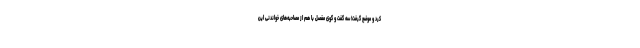
کرد و موضع گرفت! سه گفت و گوی مفصل با هم از مصاحبه‌های خواندنی این